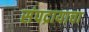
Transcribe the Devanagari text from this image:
संपद्रायाचा